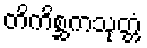
တိကိစ္ဆကသုတ္တံ